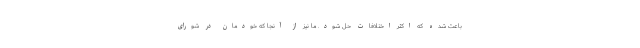
باعث شده که اکثر اختلافات حل شود. ما نیز از آنجا که خودمان در شورای